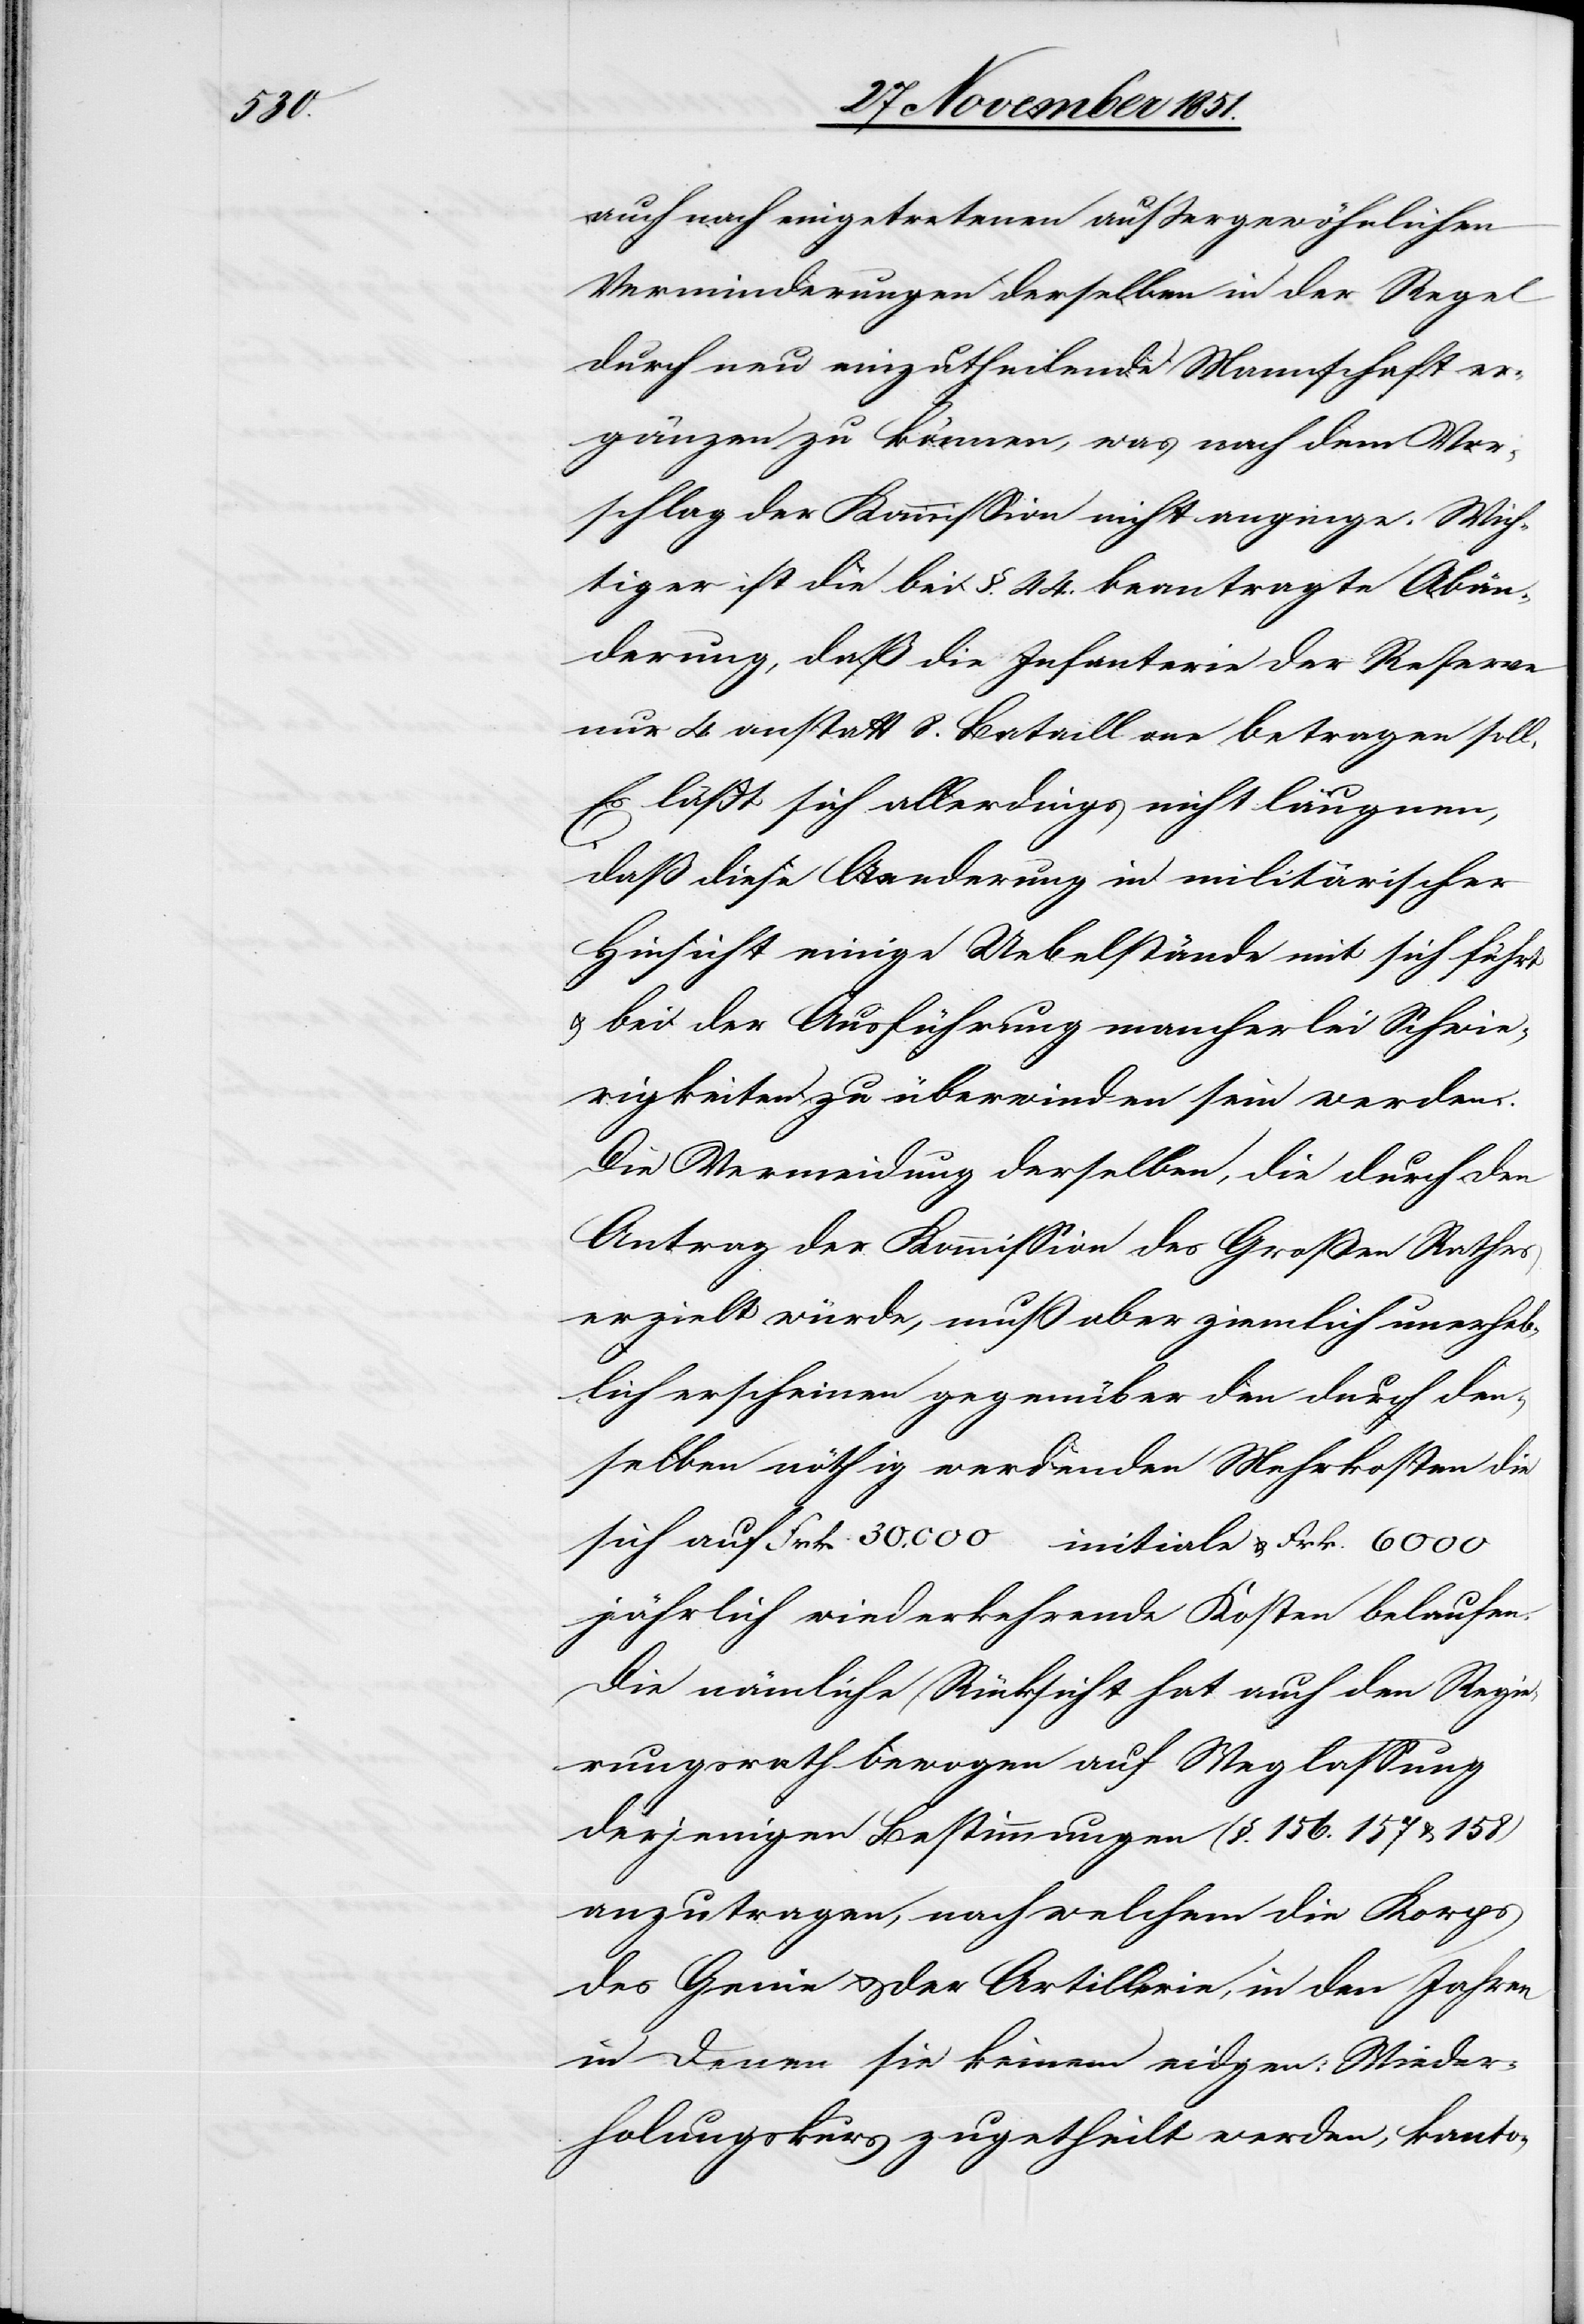
auch nach eingetretenen außergewöhnlichen
Verminderungen derselben in der Regel
durch neu einzutheilende Mannschaft er¬
gänzen zu können, was nach dem Vor¬
schlag der Kommission nicht anginge. Wich¬
tiger ist die bei §. 44. beantragte Abän¬
derung, daß die Infanterie der Reserve
nur 4 anstatt 8. Bataillone betragen soll,
Es läßt sich allerdings nicht läugnen,
daß diese Aenderung in militärischer
Hinsicht einige Uebelstände mit sich führt
& bei der Ausführung mancherlei Schwie¬
rigkeiten zu überwinden sein werden.
Die Vermeidung derselben, die durch den
Antrag der Kommission des Großen Rathes
erzielt würde, muß aber ziemlich unerheb¬
lich erscheinen gegenüber den durch den¬
selben nöthig werdenden Mehrkosten die
sich auf Frk. 30,000 initiale & Frk. 6000
jährlich wiederkehrende Kosten belaufen.
Die nämliche Rücksicht hat auch den Regie¬
rungsrath bewogen auf Weglassung
derjenigen Bestimmungen (§. 156.[,] 157 & 158)
anzutragen, nach welchem die Korps
des Genie & der Artillerie, in den Jahren
in denen sie keinem eidgen: Wieder¬
holungskurs zugetheilt werden, kanto-